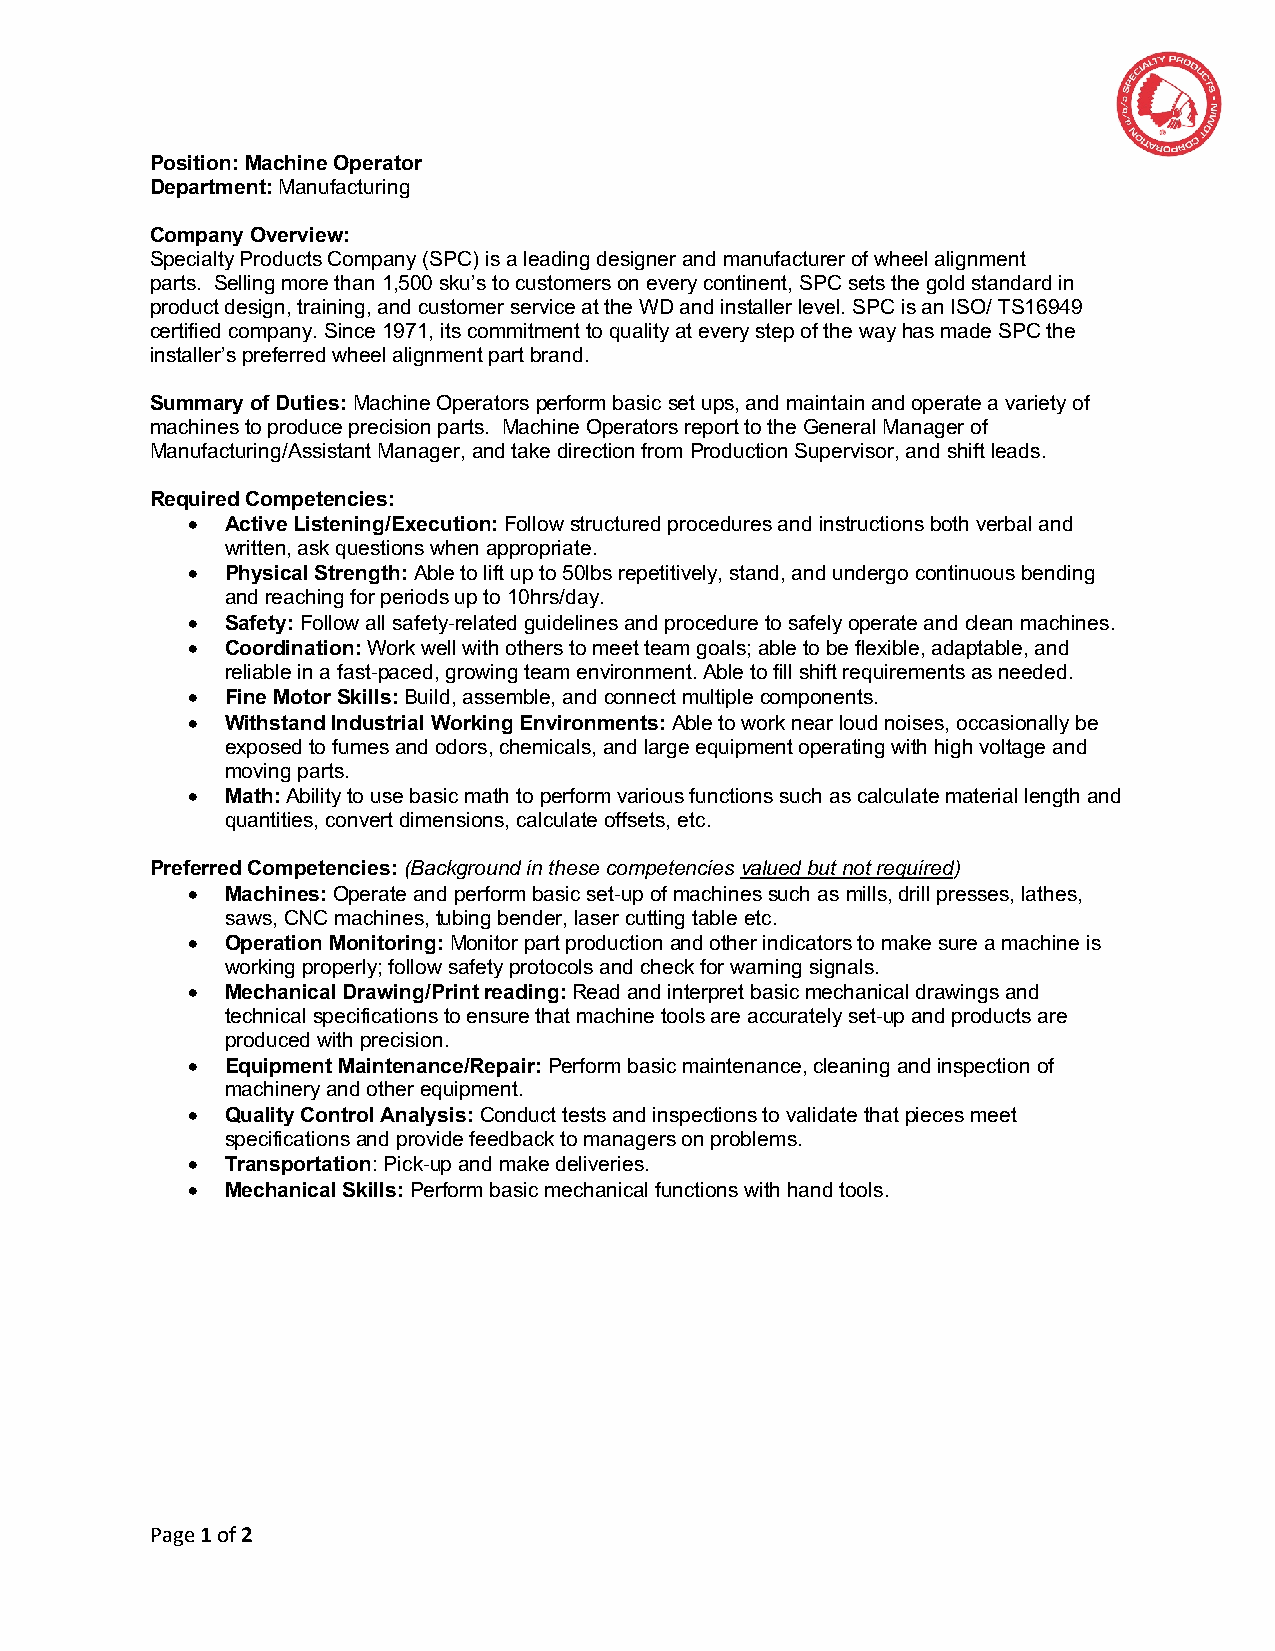
Position: Machine Operator
 Department: Manufacturing
 Company Overview:
 Specialty Products Company (SPC) is a leading designer and manufacturer of wheel alignment
 parts. Selling more than 1,500 sku’s to customers on every continent, SPC sets the gold standard in
 product design, training, and customer service at the WD and installer level. SPC is an ISO/ TS16949
 certified company. Since 1971, its commitment to quality at every step of the way has made SPC the
 installer’s preferred wheel alignment part brand.
 Summary of Duties: Machine Operators perform basic set ups, and maintain and operate a variety of
 machines to produce precision parts. Machine Operators report to the General Manager of
 Manufacturing/Assistant Manager, and take direction from Production Supervisor, and shift leads.
 Required Competencies:
 •  Active Listening/Execution: Follow structured procedures and instructions both verbal and
 written, ask questions when appropriate.
 •  Physical Strength: Able to lift up to 50lbs repetitively, stand, and undergo continuous bending
 and reaching for periods up to 10hrs/day.
 •  Safety: Follow all safety-related guidelines and procedure to safely operate and clean machines.
 •  Coordination: Work well with others to meet team goals; able to be flexible, adaptable, and
 reliable in a fast-paced, growing team environment. Able to fill shift requirements as needed.
 •  Fine Motor Skills: Build, assemble, and connect multiple components.
 •  Withstand Industrial Working Environments: Able to work near loud noises, occasionally be
 exposed to fumes and odors, chemicals, and large equipment operating with high voltage and
 moving parts.
 •  Math: Ability to use basic math to perform various functions such as calculate material length and
 quantities, convert dimensions, calculate offsets, etc.
 Preferred Competencies: (Background in these competencies valued but not required)
 •  Machines: Operate and perform basic set-up of machines such as mills, drill presses, lathes,
 saws, CNC machines, tubing bender, laser cutting table etc.
 •  Operation Monitoring: Monitor part production and other indicators to make sure a machine is
 working properly; follow safety protocols and check for warning signals.
 •  Mechanical Drawing/Print reading: Read and interpret basic mechanical drawings and
 technical specifications to ensure that machine tools are accurately set-up and products are
 produced with precision.
 •  Equipment Maintenance/Repair: Perform basic maintenance, cleaning and inspection of
 machinery and other equipment.
 •  Quality Control Analysis: Conduct tests and inspections to validate that pieces meet
 specifications and provide feedback to managers on problems.
 •  Transportation: Pick-up and make deliveries.
 •  Mechanical Skills: Perform basic mechanical functions with hand tools.
 Page 1 of 2